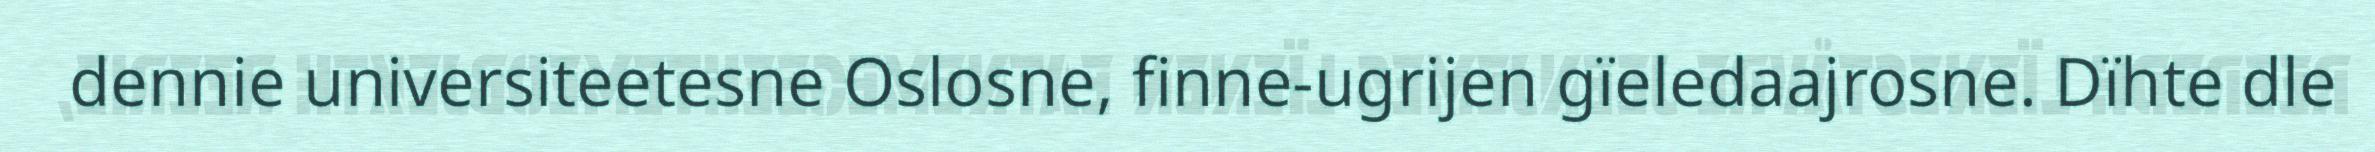
dennie universiteetesne Oslosne, finne-ugrijen gïeledaajrosne. Dïhte dle